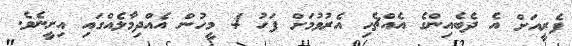
ފެރީއަށް އެ ދެބެއިންގެ އެއްޗެހި އެރުވުމަށް ފަހު 4 މީހުން އެއްދިމާލެއްގައި އިށީނެވެ.